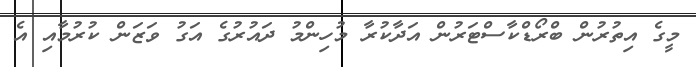
މީގެ އިތުރުން ބްރޯޑްކާސްޓަރުން އަދާކުރާ މުހިންމު ދައުރުގެ އަގު ވަޒަން ކުރުމާއި އެ